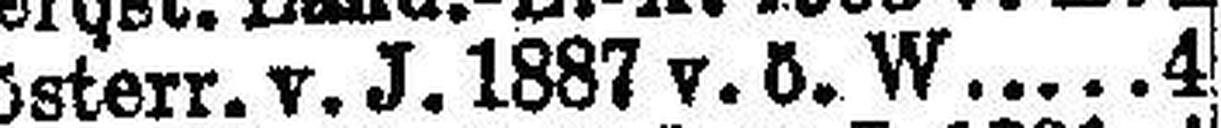
Oberösterr. v. J. 1887 v. ö. W. 4